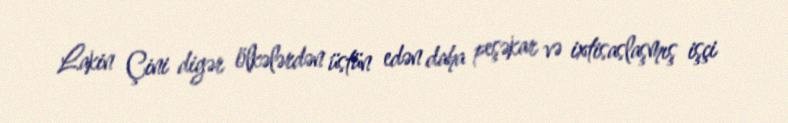
Lakin Çini digər ölkələrdən üstün edən daha peşəkar və ixtisaslaşmış işçi